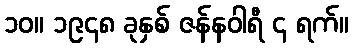
၁၀။ ၁၉၄၈ ခုနှစ် ဇန်နဝါရီ ၄ ရက်။